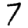
Digit: 7